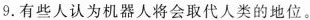
9.有些人认为机器人将会取代人类的地位。